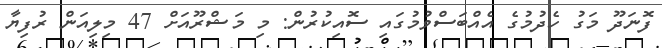
ފޮނަދޫ މަގު ހެދުމުގެ އެއްބަސްވުމުގައި ސޮއިކުރުން: މި މަޝްރޫއަށް 47 މިލިއަން ރުފިޔާ